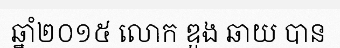
ឆ្នាំ២០១៥ លោក ឌួង ឆាយ បាន